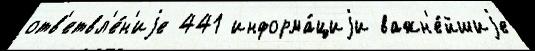
отв'етвл'е́н'иjе 441 информа́циjи важн'е́йшиjе